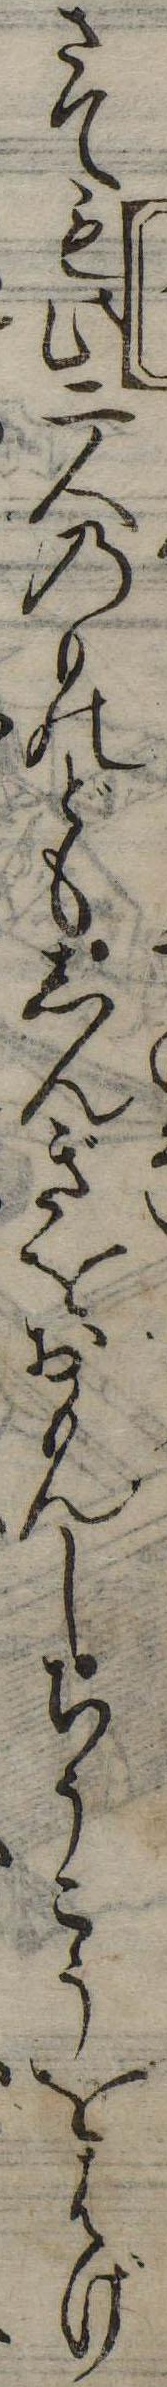
さても此二人のものどもしんぎをおもんしちうこうをはげ